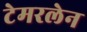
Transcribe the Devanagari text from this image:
टेमरलेन